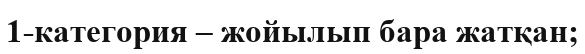
1-категория – жойылып бара жатқан;